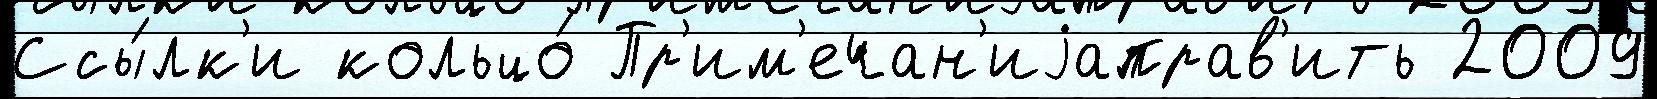
Ссы́лк'и кольцо́ Пр'им'ечан'иjаправ'ить 2009